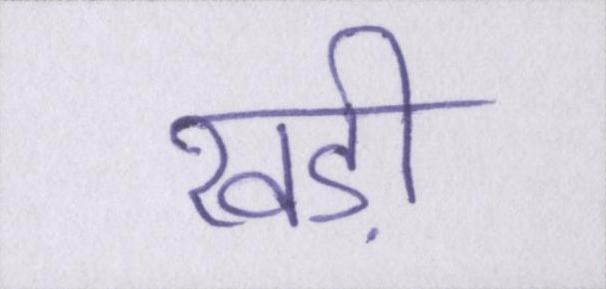
खड़ी